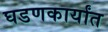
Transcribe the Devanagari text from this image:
घडणकार्यांत